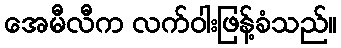
အေမီလီက လက်ဝါးဖြန့်ခံသည်။